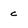
Character: C